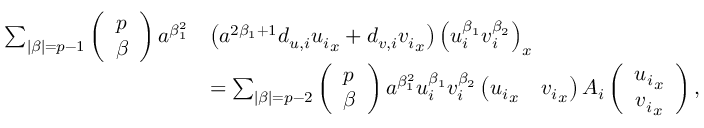
\begin{array} { r l } { \sum _ { | \beta | = p - 1 } \left( \begin{array} { l } { p } \\ { \beta } \end{array} \right) a ^ { \beta _ { 1 } ^ { 2 } } } & { \left( a ^ { 2 \beta _ { 1 } + 1 } d _ { u , i } { u _ { i } } _ { x } + d _ { v , i } { v _ { i } } _ { x } \right) \left( u _ { i } ^ { \beta _ { 1 } } v _ { i } ^ { \beta _ { 2 } } \right) _ { x } } \\ & { = \sum _ { | \beta | = p - 2 } \left( \begin{array} { l } { p } \\ { \beta } \end{array} \right) a ^ { \beta _ { 1 } ^ { 2 } } u _ { i } ^ { \beta _ { 1 } } v _ { i } ^ { \beta _ { 2 } } \left( { u _ { i } } _ { x } \quad { v _ { i } } _ { x } \right) A _ { i } \left( \begin{array} { c } { { u _ { i } } _ { x } } \\ { { v _ { i } } _ { x } } \end{array} \right) , } \end{array}